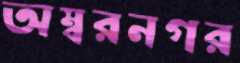
অম্বরনগর